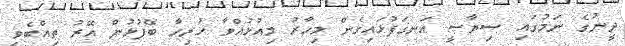
ދީނުގެ ނަމުގައި ސިޔާސީ އަނގަފުޅައިގެން މިހާރު މިއުޅުއްވާ ހުރިހާ ބޭފުޅުން އޭރު ތިއްބެވީ